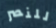
للنصر